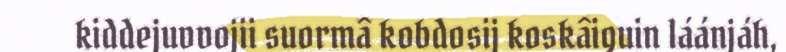
kiddejuvvojii suormâ kobdosij koskâiguin láánjáh,